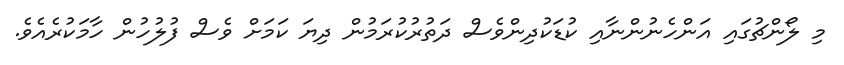
މި ލޯންޗުގައި އަންހެނުންނާއި ކުޑަކުދިންވެސް ދަތުރުކުރަމުން ދިޔަ ކަމަށް ވެސް ފުލުހުން ހާމަކުރެއެވެ.